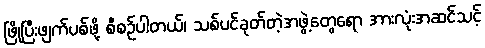
ဖြိုပြီးဖျက်ပစ်ဖို့ စီစဉ်ပါတယ်၊ သစ်ပင်ခုတ်တဲ့အဖွဲ့တွေရော အားလုံးအဆင်သင့်